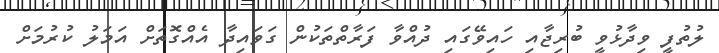
ލުތުފީ ވިދާޅުވީ ބުރިޖާއި ހައިވޭގައި ދުއްވާ ފަރާތްތަކުން ގަވައިދާ އެއްގޮތަށް އަމަލު ކުރުމަށް